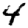
Digit: 4